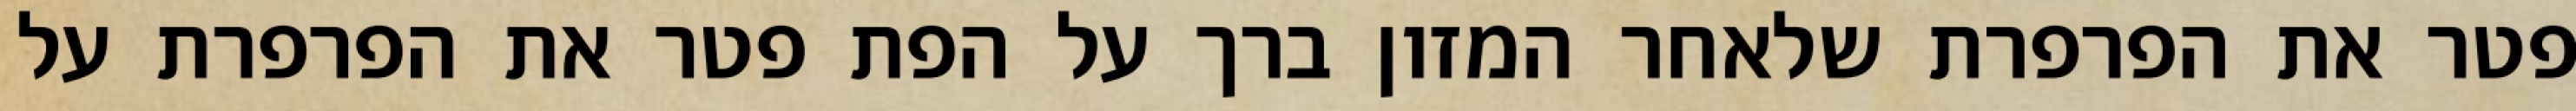
פטר את הפרפרת שלאחר המזון ברך על הפת פטר את הפרפרת על